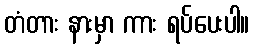
တံတား နားမှာ ကား ရပ်ပေးပါ။